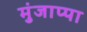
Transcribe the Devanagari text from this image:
मुंजाप्पा